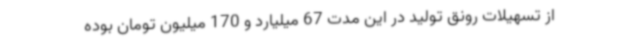
از تسهیلات رونق تولید در این مدت 67 میلیارد و 170 میلیون تومان بوده